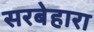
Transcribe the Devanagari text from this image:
सरबेहारा